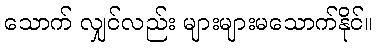
သောက် လျှင်လည်း များများမသောက်နိုင်။